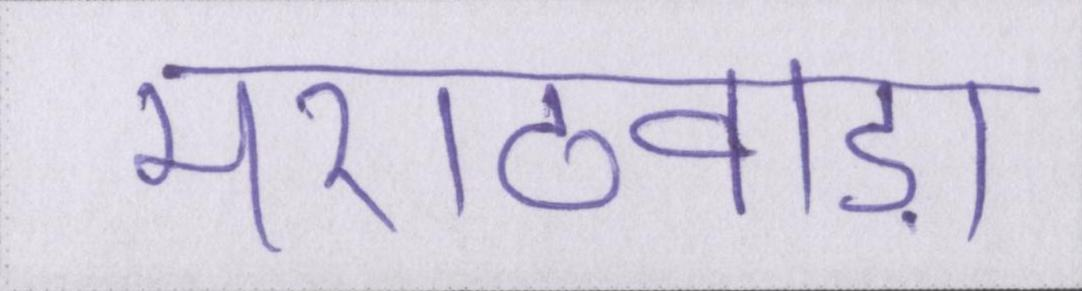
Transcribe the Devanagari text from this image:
मराठवाड़ा